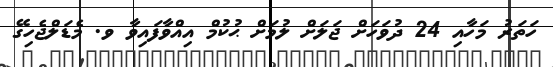
ހަތަރު މަހާއި 24 ދުވަހަށް ޖަލަށް ލުމަށް ޙުކުމް އިއްވާފައިވާ ވ. މެޑަލްޖެހިގޭ